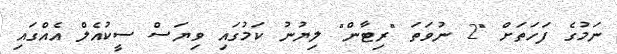
ނަމުގެ ފަހަތަށް "2 ނުވަތަ "ރިޓާން" ލިޔުނު ކަމުގައި ވިޔަސް ސީކުއެލް އެއްގައި